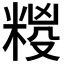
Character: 𮇩